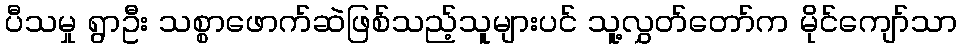
ပီသမှု ရွာဦး သစ္စာဖောက်ဆဲဖြစ်သည့်သူများပင် သူ့လွှတ်တော်က မိုင်ကျော်သာ